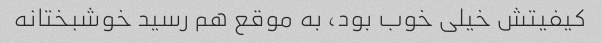
کیفیتش خیلی خوب بود، به موقع هم رسید خوشبختانه